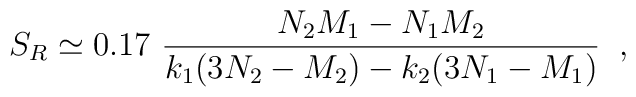
S_R \simeq 0.17\ \frac{N_2M_1-N_1M_2}{k_1(3N_2-M_2)-k_2(3N_1-M_1)}\;\;,